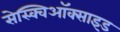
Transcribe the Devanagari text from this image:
सेस्क्विऑक्साइड